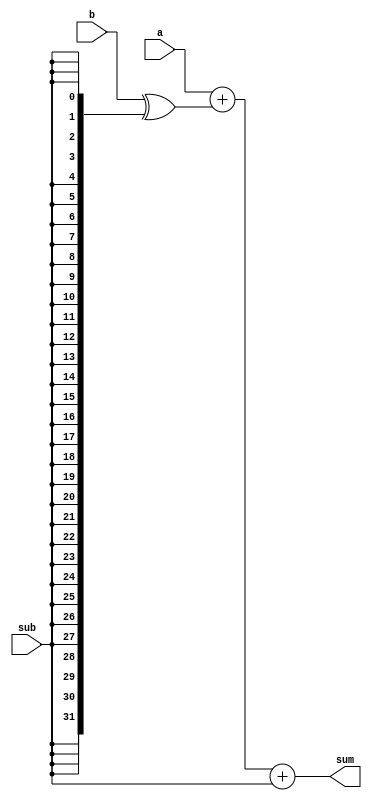
// This program was cloned from: https://github.com/Liu-Bingxu/ysyx-for-LiuBingxu
// License: GNU General Public License v3.0

// the adder with Cin
// Copyright (C) 2024  LiuBingxu

// This program is free software: you can redistribute it and/or modify
// it under the terms of the GNU General Public License as published by
// the Free Software Foundation, either version 3 of the License, or
// (at your option) any later version.

// This program is distributed in the hope that it will be useful,
// but WITHOUT ANY WARRANTY; without even the implied warranty of
// MERCHANTABILITY or FITNESS FOR A PARTICULAR PURPOSE.  See the
// GNU General Public License for more details.

// You should have received a copy of the GNU General Public License
// along with this program.  If not, see <https://www.gnu.org/licenses/>.

// Please contact me through the following email: <qwe15889844242@163.com>

module add_with_Cin#(parameter DATA_LEN = 32) (
    input   [DATA_LEN-1:0]  a,
    input   [DATA_LEN-1:0]  b,
    input                   sub,
    output  [DATA_LEN-1:0]  sum
);

wire   [DATA_LEN-1:0]  b_true;

assign b_true = b ^ {DATA_LEN{sub}};

assign sum = a + b_true + {{(DATA_LEN-1){1'b0}},sub};

endmodule //add_with_Cin